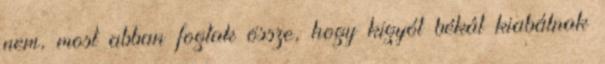
nem, most abban fogtak össze, hogy kigyót békát kiabálnak